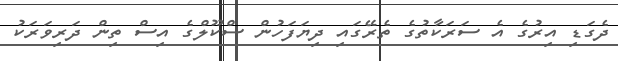
ދެގަޑި އިރުގެ އެ ސަރަކާތުގެ ތެރޭގައި ދިޔަފަހުން ސްކޫލްގެ އިސް ތިން ދަރިވަރަކު